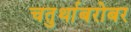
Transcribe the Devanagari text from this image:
चतुर्थाबरोबर